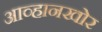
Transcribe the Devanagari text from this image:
आव्हानखोर